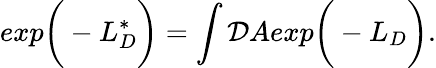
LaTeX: exp\bigg(-L_{D}^{*}\bigg)=\int{\cal D}Aexp\bigg(-L_{D}\bigg).